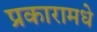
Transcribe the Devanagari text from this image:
प्रकारामधे